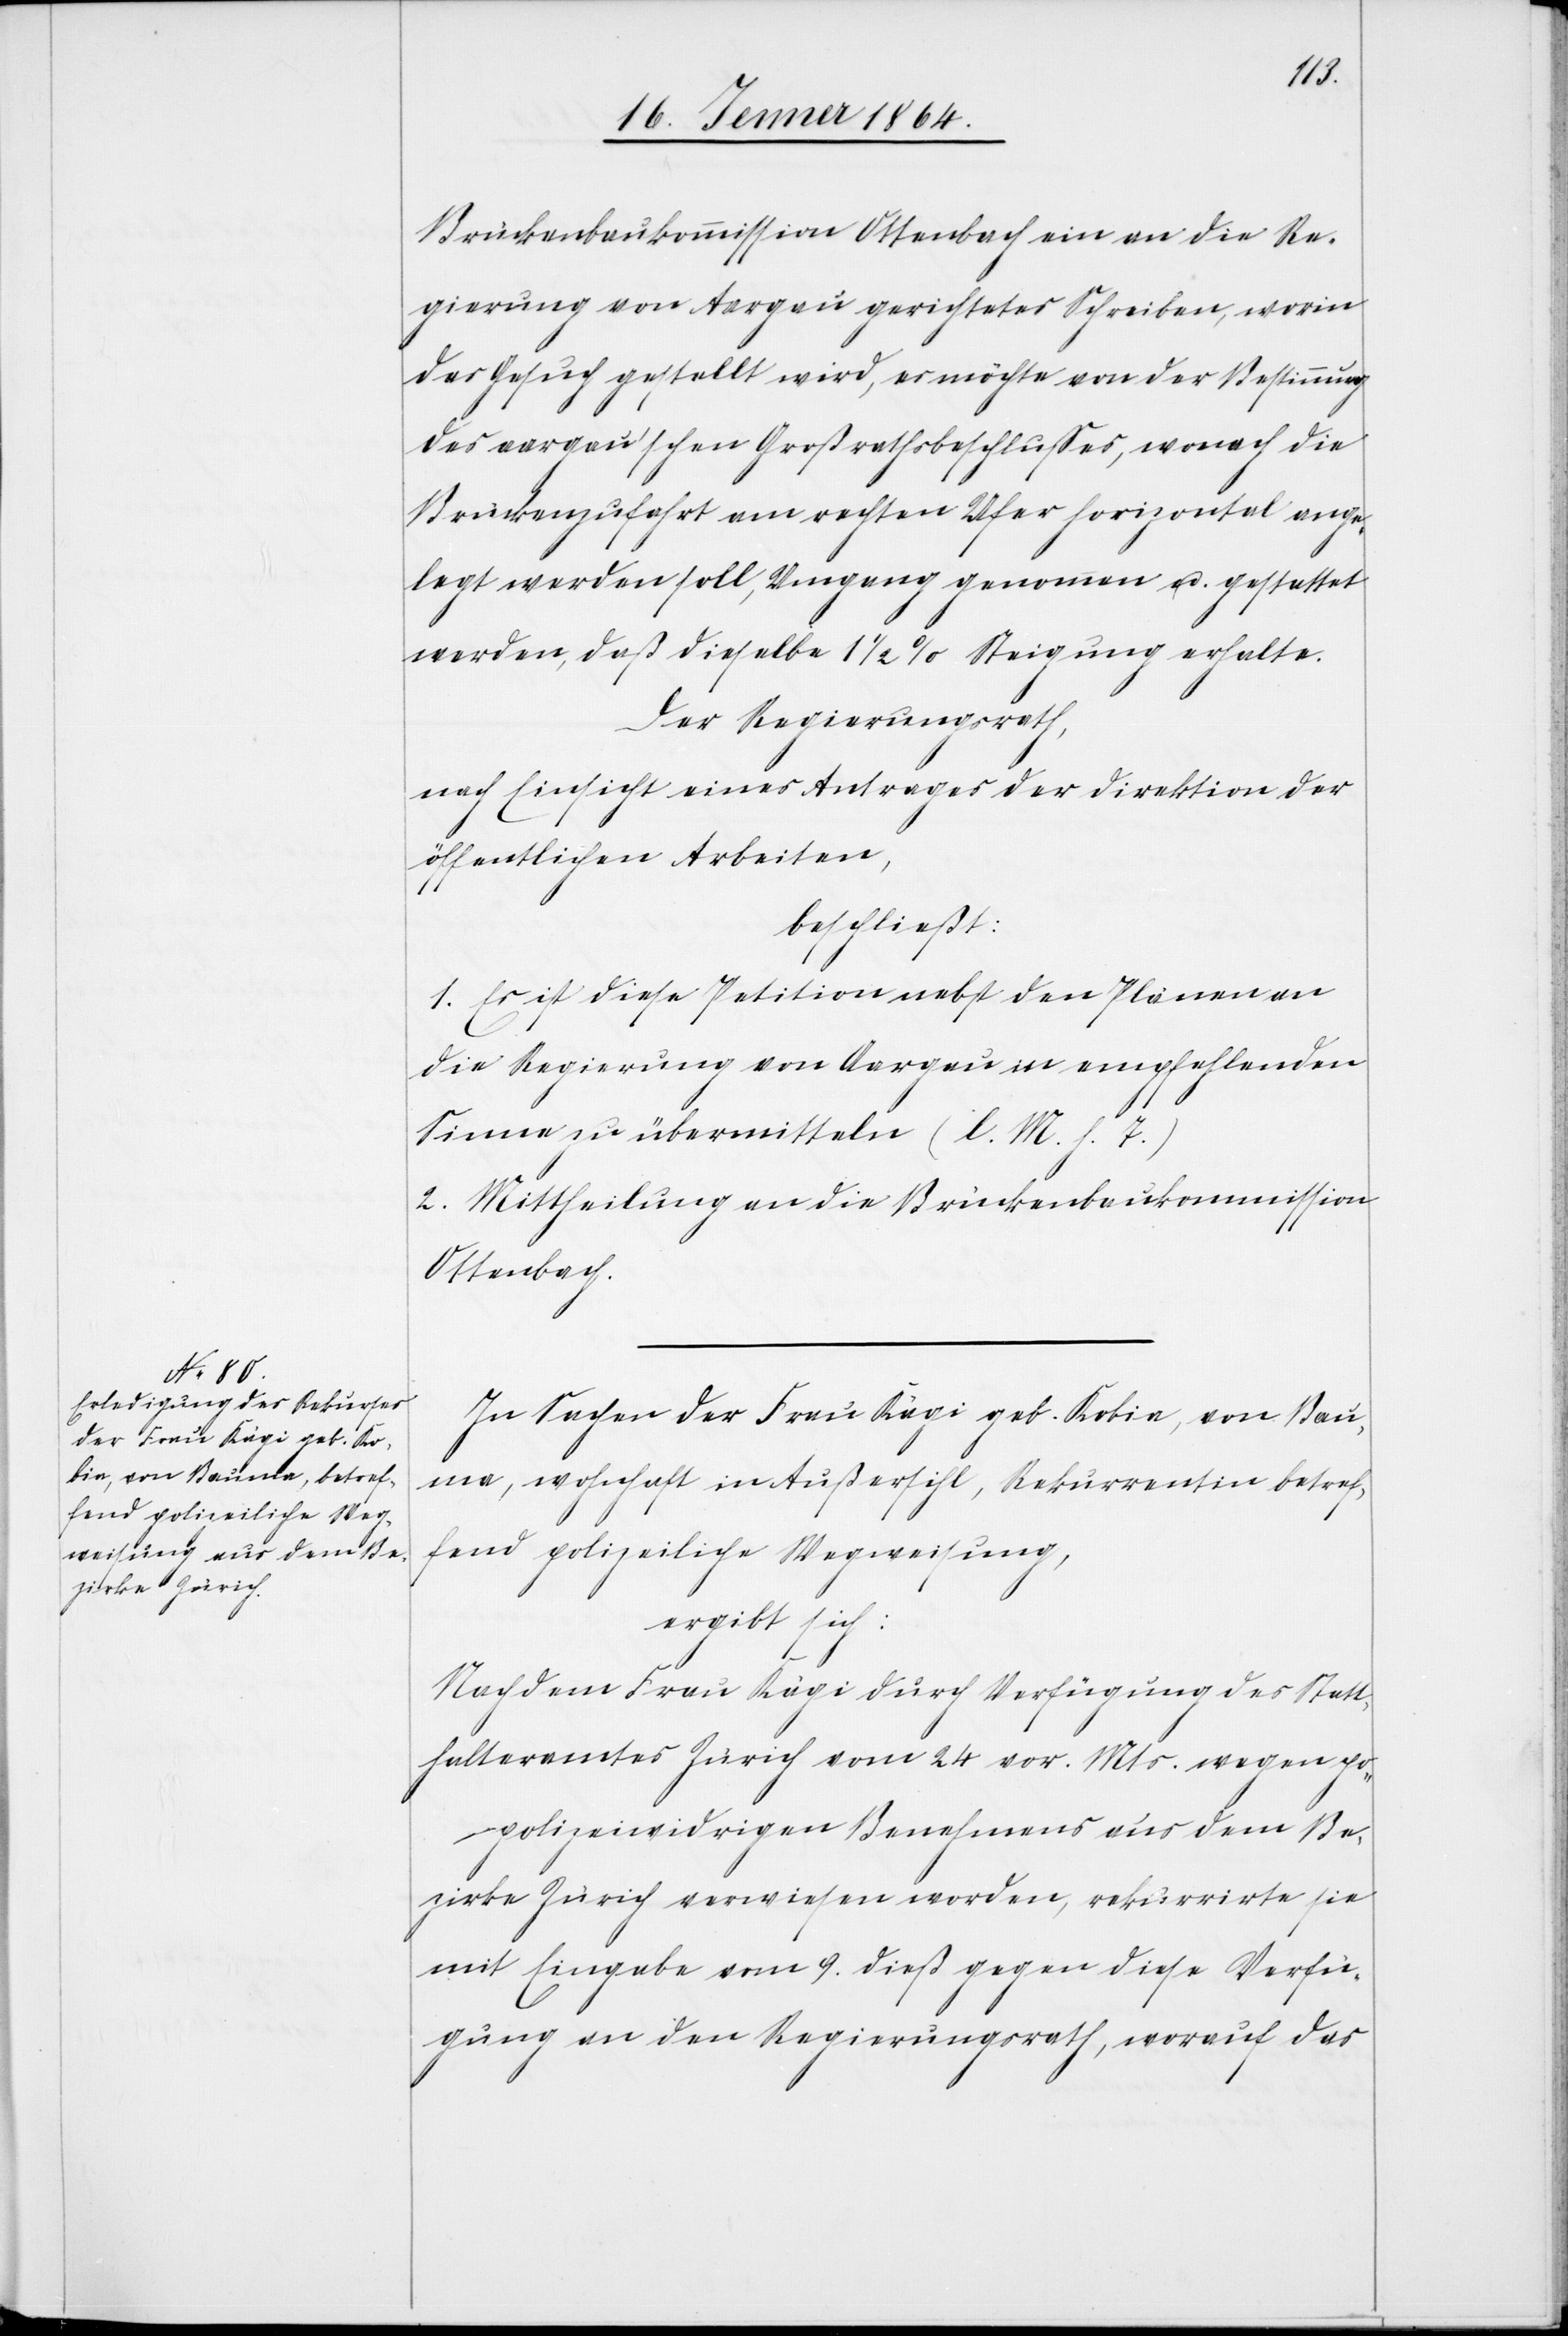
Brückenbaukommission Ottenbach ein an die Re¬
gierung von Aargau gerichtetes Schreiben, worin
das Gesuch gestellt wird, es möchte von der Bestimmung
des aargau’schen Großrathsbeschlusses, wonach die
Brückenzufahrt am rechten Ufer horizontal ange¬
legt werden soll, Umgang genommen u. gestattet
werden, daß dieselbe 1 1/2% Steigung erhalte.
Der Regierungsrath,
nach Einsicht eines Antrages der Direktion der
öffentlichen Arbeiten,
beschließt:
1. Es ist diese Petition nebst den Plänen an
die Regierung von Aargau in empfehlenden
Sinne zu übermitteln (l. M. h. T.)
2. Mittheilung an die Brückenbaukommission
Ottenbach.
In Sachen der Frau Kägi geb. Kobin, von Bau¬
ma, wohnhaft in Außersihl, Rekurrentin betref¬
fend polizeiliche Wegweisung,
ergibt sich:
Nachdem Frau Kägi durch Verfügung des Statt¬
halteramtes Zürich vom 24. vor. Mts. wegen
polizeiwidrigen Benehmens aus dem Be¬
zirke Zürich verwiesen worden, rekurrirte sie
mit Eingabe vom 9. dieß gegen diese Verfü¬
gung an den Regierungsrath, worauf das